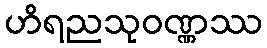
ဟိရညသုဝဏ္ဏဿ